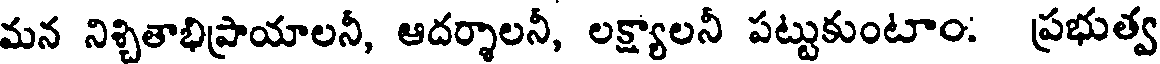
మన నిశ్చితాభిప్రాయాలనీ, ఆదర్శాలనీ, లక్ష్యాలనీ పట్టుకుంటాం: ప్రభుత్వ